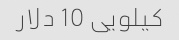
کیلویی 10 دلار